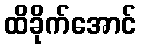
ထိခိုက်အောင်